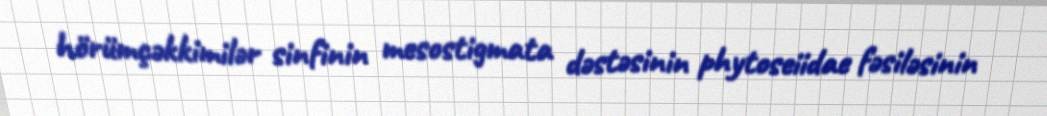
hörümçəkkimilər sinfinin mesostigmata dəstəsinin phytoseiidae fəsiləsinin